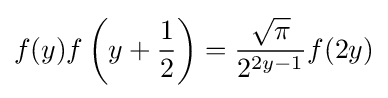
f(y)f\left(y+{\frac {1}{2}}\right)={\frac {\sqrt {\pi }}{2^{2y-1}}}f(2y)